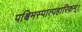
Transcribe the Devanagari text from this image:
पश्चिमस्पात्पहारिकम्।